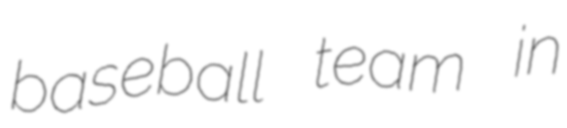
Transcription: baseball team in